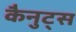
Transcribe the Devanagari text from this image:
कैनुट्स